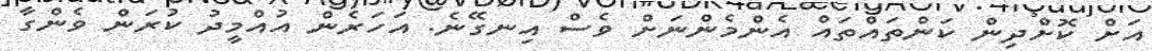
އަށް ކޮށްދިން ކަންތައްތައް އެންމެންނަށް ވެސް އިނގޭނެ. އަހަރެން އުއްމީދު ކުރަން ވެންގާ